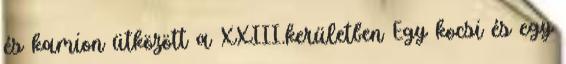
és kamion ütközött a XXIII.kerületben Egy kocsi és egy